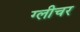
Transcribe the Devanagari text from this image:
ग्लीचर